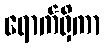
ရောက်ရှိကာ